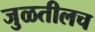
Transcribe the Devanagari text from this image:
जुळतीलच